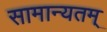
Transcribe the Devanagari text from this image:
सामान्यतम्